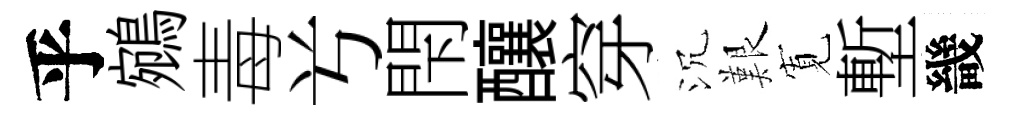
乎鵷毒𠔃閇釀穿沉艱𡩖塹畿